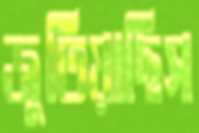
জুতিয়াছিস